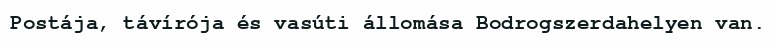
Postája, távírója és vasúti állomása Bodrogszerdahelyen van.